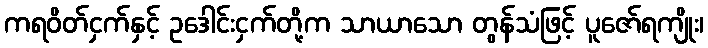
ကရဝိတ်ငှက်နှင့် ဥဒေါင်းငှက်တို့က သာယာသော တွန်သံဖြင့် ပူဇော်ရကျိုး၊